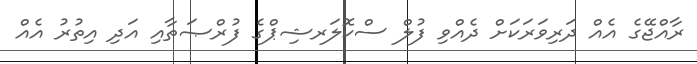
ރާއްޖޭގެ އެއް ދަރިވަރަކަށް ދެއްވި ފުލް ސްކޮލަރޝިޕްގެ ފުރްޞަތާއި އަދި އިތުރު އެއް